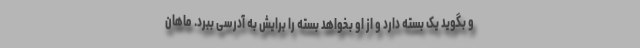
و بگوید یک بسته دارد و از او بخواهد بسته را برایش به آدرسی ببرد. ماهان